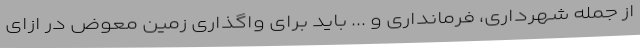
از جمله شهرداری، فرمانداری و ... باید برای واگذاری زمین معوض در ازای